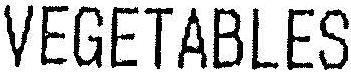
VEGETABLES